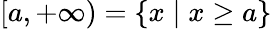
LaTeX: [a,+\infty)=\{ x\mid x\geq a\}